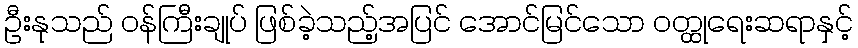
ဦးနုသည် ဝန်ကြီးချုပ် ဖြစ်ခဲ့သည့်အပြင် အောင်မြင်သော ဝတ္ထုရေးဆရာနှင့်